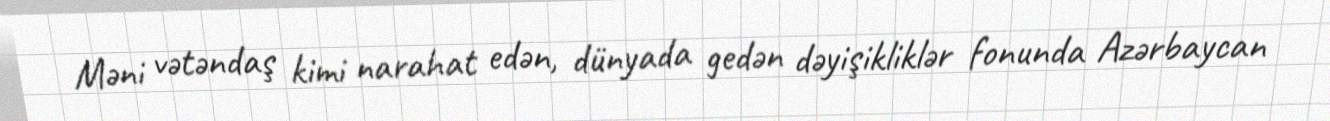
Məni vətəndaş kimi narahat edən, dünyada gedən dəyişikliklər fonunda Azərbaycan